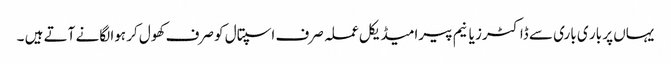
یہاں پر بار ی باری سے ڈاکٹرز یا نیم پیرامیڈیکل عملہ صرف اسپتال کو صرف کھول کر ہوا لگانے آتے ہیں ۔